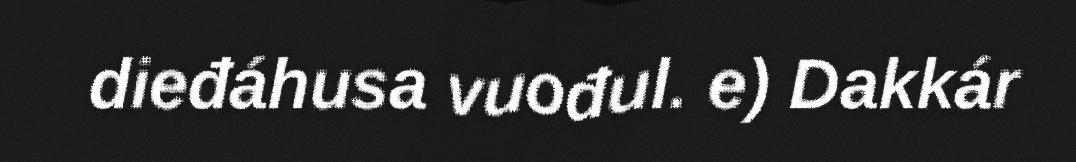
dieđáhusa vuođul. e) Dakkár